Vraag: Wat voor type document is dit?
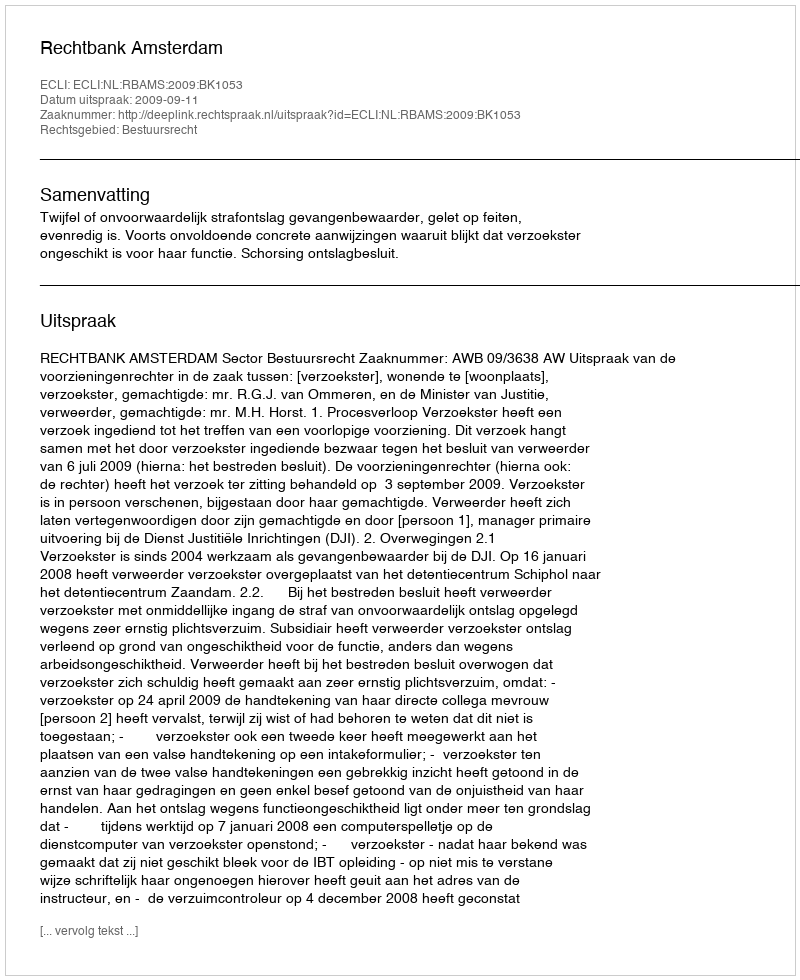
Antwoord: Uitspraak